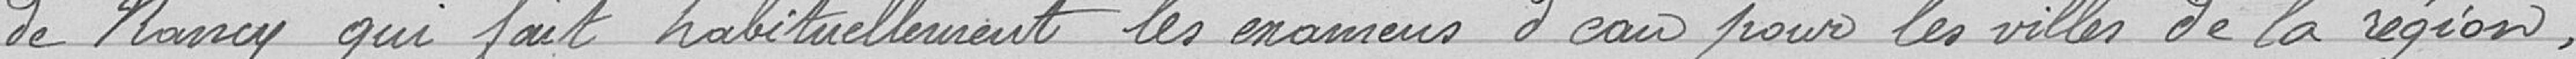
de Nancy qui fait habituellement les examens d'eau pour les villes de la région,